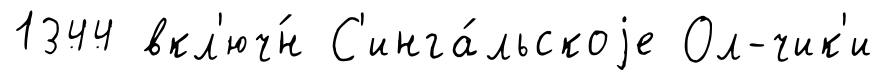
1344 вкл'юч́н С'инга́льскоjе Ол-чик'и